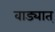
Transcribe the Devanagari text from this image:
वाड्यात्